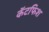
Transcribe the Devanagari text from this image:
कॅटफिश